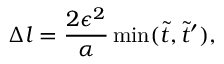
\Delta l = \frac { 2 \epsilon ^ { 2 } } { \alpha } \operatorname* { m i n } ( \tilde { t } , \tilde { t } ^ { \prime } ) ,